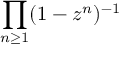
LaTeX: \prod _ { n \geq 1 } ( 1 - z ^ { n } ) ^ { - 1 }